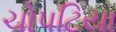
ચોપટિયા